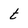
Character: t